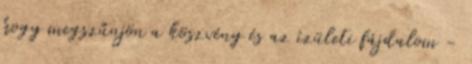
hogy megszűnjön a köszvény és az ízületi fájdalom -